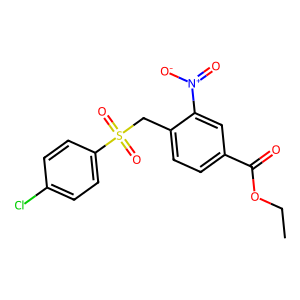
SMILES: CCOC(=O)c1ccc(CS(=O)(=O)c2ccc(Cl)cc2)c([N+](=O)[O-])c1
Inhibits HIV replication: No